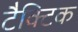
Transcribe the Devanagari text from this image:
टैक्टिक